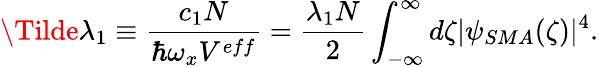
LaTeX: \Tilde{\lambda}_{1}\equiv\frac{c_{1}N}{\hbar\omega_{x}V^{eff}}=\frac{\lambda_{1}N}{2}\int_{-\infty}^{\infty}d\zeta|\psi_{SMA}(\zeta)|^{4}.